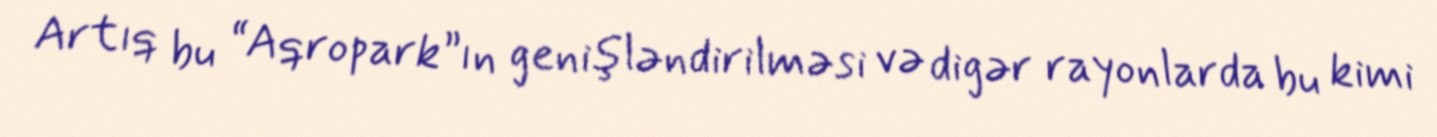
Artıq bu “Aqropark”ın genişləndirilməsi və digər rayonlarda bu kimi